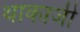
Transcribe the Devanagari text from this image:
थाकाजी